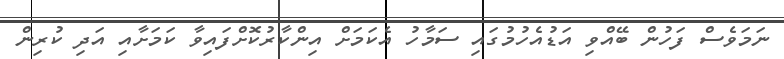
ނަމަވެސް ފަހުން ބޭއްވި އަޑުއެހުމުގައި ސަމާހު އެކަމަށް އިންކާރުކޮށްފައިވާ ކަމަށާއި އަދި ކުރިން